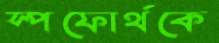
স্পফোর্থকে